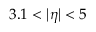
3 . 1 < | \eta | < 5